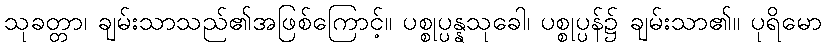
သုခတ္တာ၊ ချမ်းသာသည်၏အဖြစ်ကြောင့်။ ပစ္စုပ္ပန္နသုခေါ၊ ပစ္စုပ္ပန်၌ ချမ်းသာ၏။ ပုရိမော